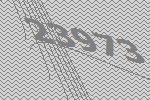
23973